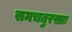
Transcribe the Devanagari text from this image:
समचतुरस्राः